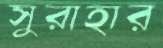
সুরাহার